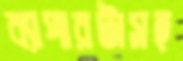
ব্যাপারটাসহ